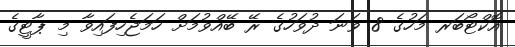
އޮކްޓޯބަރ މަހުގެ 8 ވަނަ ދުވަހުގެ ރޭ ބޭއްވުމަށް ހަމަޖެހިފައިވާ މި ޕާޓީގެ